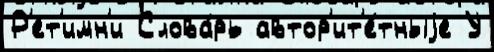
Р'ет'имн'и Слова́рь автор'ит'е́тныjе У